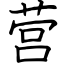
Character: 营